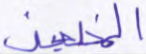
المخلصين